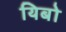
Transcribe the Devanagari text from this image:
यिबो